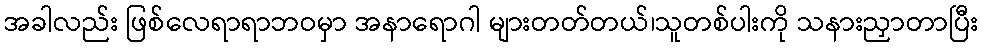
အခါလည်း ဖြစ်လေရာရာဘဝမှာ အနာရောဂါ များတတ်တယ်၊သူတစ်ပါးကို သနားညှာတာပြီး